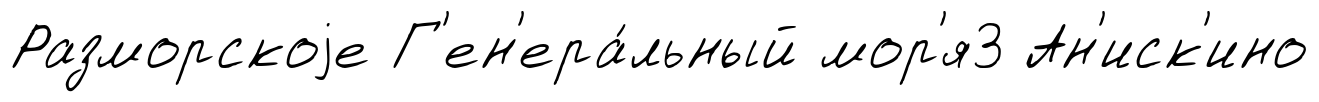
Разморскоjе Г'ен'ера́льный мор'я3 Ан'иск'ино